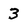
Character: 3